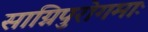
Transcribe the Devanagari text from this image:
साग्निपुरोगमाः